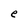
Character: e